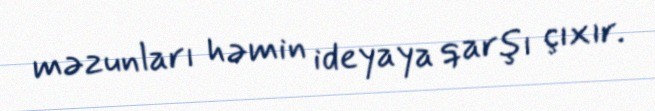
məzunları həmin ideyaya qarşı çıxır.